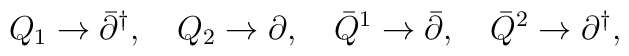
Q_1 \to \bar{\partial}^\dagger, \quad Q_2 \to \partial, \quad \bar{Q}^1 \to \bar{\partial}, \quad \bar{Q}^2 \to \partial^\dagger,